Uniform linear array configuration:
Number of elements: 12
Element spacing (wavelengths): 0.5
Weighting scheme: kaiser
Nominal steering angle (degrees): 45
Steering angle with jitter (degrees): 44.957
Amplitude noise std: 0.05
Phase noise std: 0.05

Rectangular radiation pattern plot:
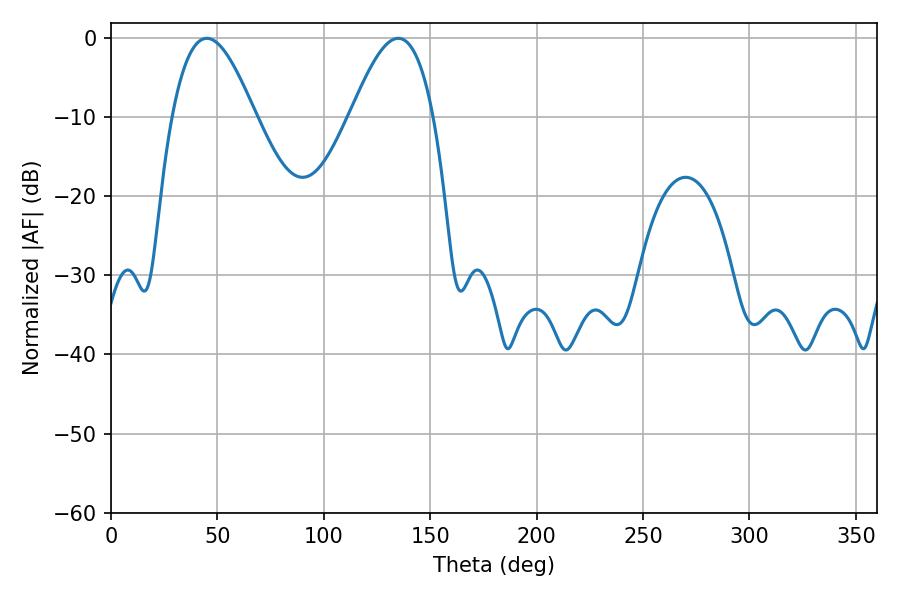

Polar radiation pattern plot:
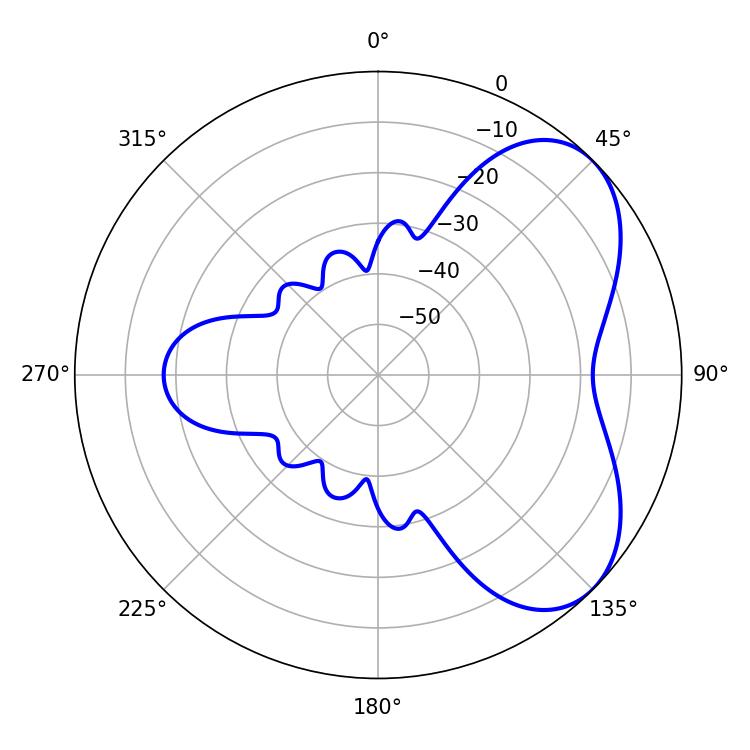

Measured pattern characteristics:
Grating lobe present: FALSE
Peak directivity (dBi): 5.34
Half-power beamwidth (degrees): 21.06
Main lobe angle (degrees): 45